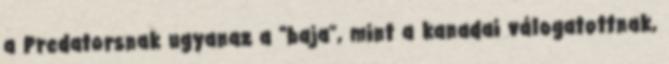
a Predatorsnak ugyanaz a “baja”, mint a kanadai válogatottnak,